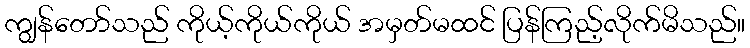
ကျွန်တော်သည် ကိုယ့်ကိုယ်ကိုယ် အမှတ်မထင် ပြန်ကြည့်လိုက်မိသည်။